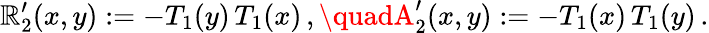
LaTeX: \mathbb{R}_{2}^{\prime}(x,y):=-T_{1}(y)\, T_{1}(x)\, ,\quadA_{2}^{\prime}(x,y):=-T_{1}(x)\, T_{1}(y)\, .